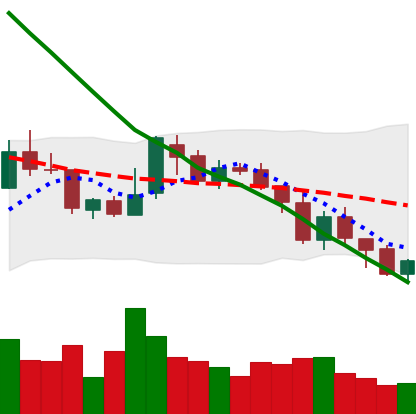
Ticker: XMR-USD
Chart end date: 2018-08-05
Forward return: -21.789%
Label: down_7plus